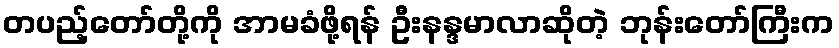
တပည့်တော်တို့ကို အာမခံဖို့ရန် ဦးနန္ဒမာလာဆိုတဲ့ ဘုန်းတော်ကြီးက